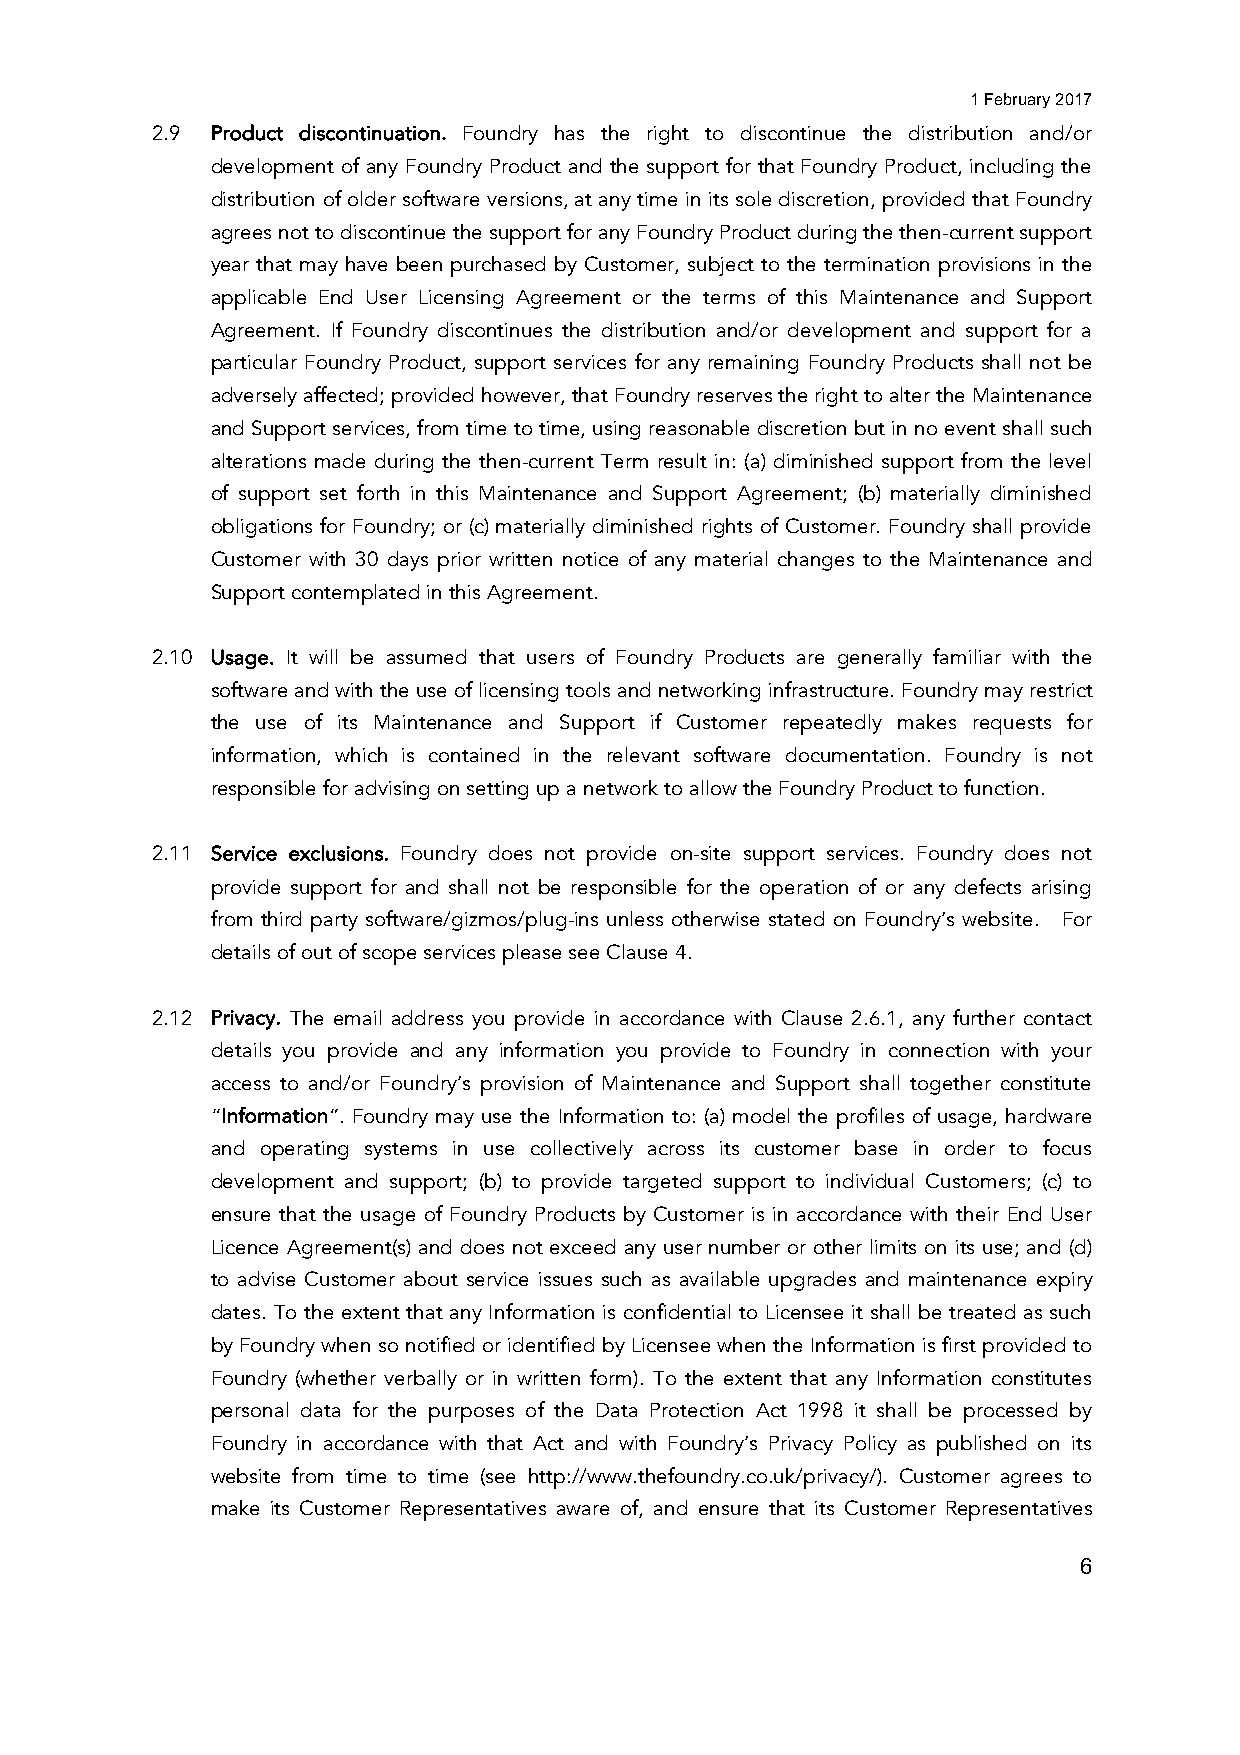
1 February 2017
 2.9 Product discontinuation. Foundry has the right to discontinue the distribution and/or
 development of any Foundry Product and the support for that Foundry Product, including the
 distribution of older software versions, at any time in its sole discretion, provided that Foundry
 agrees not to discontinue the support for any Foundry Product during the then-current support
 year that may have been purchased by Customer, subject to the termination provisions in the
 applicable End User Licensing Agreement or the terms of this Maintenance and Support
 Agreement. If Foundry discontinues the distribution and/or development and support for a
 particular Foundry Product, support services for any remaining Foundry Products shall not be
 adversely affected; provided however, that Foundry reserves the right to alter the Maintenance
 and Support services, from time to time, using reasonable discretion but in no event shall such
 alterations made during the then-current Term result in: (a) diminished support from the level
 of support set forth in this Maintenance and Support Agreement; (b) materially diminished
 obligations for Foundry; or (c) materially diminished rights of Customer. Foundry shall provide
 Customer with 30 days prior written notice of any material changes to the Maintenance and
 Support contemplated in this Agreement.
 2.10 Usage. It will be assumed that users of Foundry Products are generally familiar with the
 software and with the use of licensing tools and networking infrastructure. Foundry may restrict
 the use of its Maintenance and Support if Customer repeatedly makes requests for
 information, which is contained in the relevant software documentation. Foundry is not
 responsible for advising on setting up a network to allow the Foundry Product to function.
 2.11 Service exclusions. Foundry does not provide on-site support services. Foundry does not
 provide support for and shall not be responsible for the operation of or any defects arising
 from third party software/gizmos/plug-ins unless otherwise stated on Foundry’s website. For
 details of out of scope services please see Clause 4.
 2.12 Privacy. The email address you provide in accordance with Clause 2.6.1, any further contact
 details you provide and any information you provide to Foundry in connection with your
 access to and/or Foundry’s provision of Maintenance and Support shall together constitute
 “Information”. Foundry may use the Information to: (a) model the profiles of usage, hardware
 and operating systems in use collectively across its customer base in order to focus
 development and support; (b) to provide targeted support to individual Customers; (c) to
 ensure that the usage of Foundry Products by Customer is in accordance with their End User
 Licence Agreement(s) and does not exceed any user number or other limits on its use; and (d)
 to advise Customer about service issues such as available upgrades and maintenance expiry
 dates. To the extent that any Information is confidential to Licensee it shall be treated as such
 by Foundry when so notified or identified by Licensee when the Information is first provided to
 Foundry (whether verbally or in written form). To the extent that any Information constitutes
 personal data for the purposes of the Data Protection Act 1998 it shall be processed by
 Foundry in accordance with that Act and with Foundry’s Privacy Policy as published on its
 website from time to time (see http://www.thefoundry.co.uk/privacy/). Customer agrees to
 make its Customer Representatives aware of, and ensure that its Customer Representatives
 6